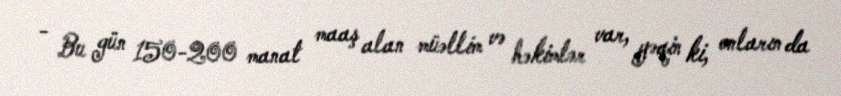
- Bu gün 150-200 manat maaş alan müəllim və həkimlər var, yəqin ki, onların da